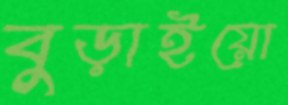
বুড়াইয়ো